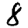
Digit: 8